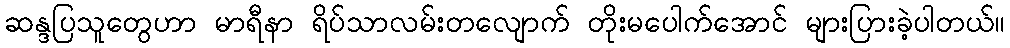
ဆန္ဒပြသူတွေဟာ မာရီနာ ရိပ်သာလမ်းတလျောက် တိုးမပေါက်အောင် များပြားခဲ့ပါတယ်။